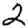
Digit: 2